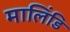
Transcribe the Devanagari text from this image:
मालिंडि